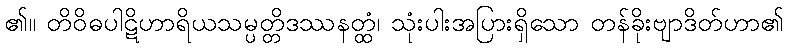
၏။ တိဝိဓပါဋိဟာရိယသမ္ပတ္တိဒဿနတ္ထံ၊ သုံးပါးအပြားရှိသော တန်ခိုးဗျာဒိတ်ဟာ၏